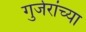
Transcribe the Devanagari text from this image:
गुर्जरांच्या